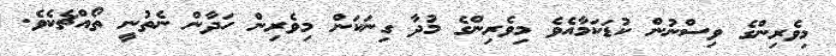
މިވެރިންގެ ވިސްނުން ކުޑަކަމާއެވެ މިވެރިންގެ މުދާ ގިނަކަން މިވެރިން ހަދާން ނެތުނީ ތޯއްޗެކެވެ.